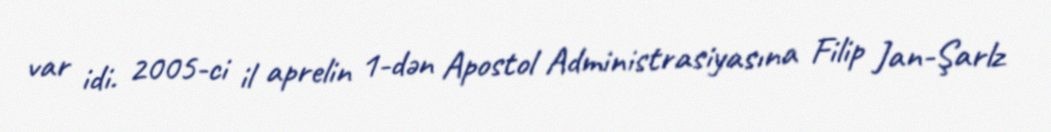
var idi. 2005-ci il aprelin 1-dən Apostol Administrasiyasına Filip Jan-Şarlz